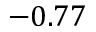
- 0 . 7 7